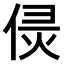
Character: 𠊕